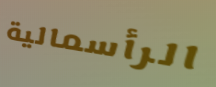
الرأسمالية